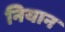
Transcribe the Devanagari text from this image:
नियान